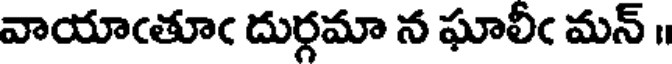
వాయాఁతూఁ దుర్గమా న ఘాలీఁ మన్